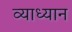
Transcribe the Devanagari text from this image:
व्याध्यान